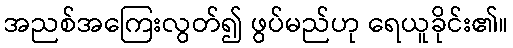
အညစ်အကြေးလွတ်၍ ဖွပ်မည်ဟု ရေယူခိုင်း၏။